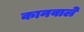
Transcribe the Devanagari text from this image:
कानवाले